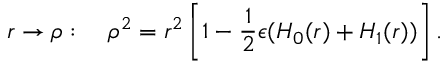
r \rightarrow \rho : \quad \rho ^ { 2 } = r ^ { 2 } \left[ 1 - \frac { 1 } { 2 } \epsilon ( H _ { 0 } ( r ) + H _ { 1 } ( r ) ) \right] .